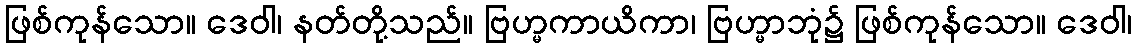
ဖြစ်ကုန်သော။ ဒေဝါ၊ နတ်တို့သည်။ ဗြဟ္မကာယိကာ၊ ဗြဟ္မာဘုံ၌ ဖြစ်ကုန်သော။ ဒေဝါ၊